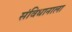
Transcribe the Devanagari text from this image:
संविधानाला